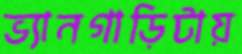
ভ্যানগাড়িটায়